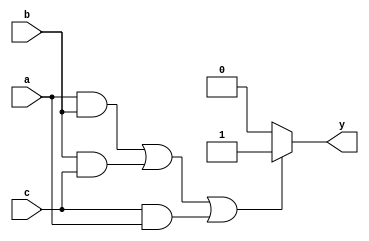
module combinational_logic (
    input wire a,          // First input signal
    input wire b,          // Second input signal
    input wire c,          // Third input signal
    output reg y          // Output signal
);

// Combinational logic block
always @(*) begin
    // Example logic: y is true if at least two of the inputs are true
    if ((a && b) || (b && c) || (c && a)) begin
        y = 1'b1; // Set output high if at least two inputs are high
    end else begin
        y = 1'b0; // Set output low otherwise
    end
end

endmodule